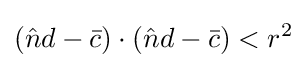
({\hat {n}}d-{\bar {c}})\cdot ({\hat {n}}d-{\bar {c}})<r^{2}